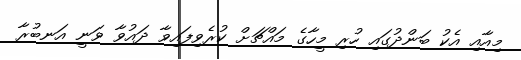
މިއާއި އެކު ބަންދުގައި ހުރި މީހާގެ މައްޗަށް ކުރެވިފައިވާ ދައުވާ ވަނީ އަނބުރާ